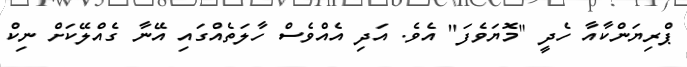
ޕްރިޔަންކާއާ ހެދީ "މޮޔަވެފަ" އެވެ. އަދި އެއްވެސް ހާލަތެއްގައި އޭނާ ގެއްލޭކަށް ނިކް